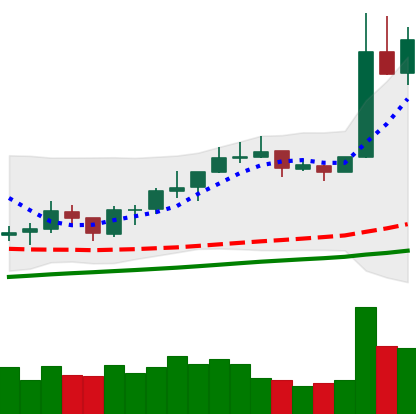
Ticker: NEO-USD
Chart end date: 2019-06-24
Forward return: 3.41%
Label: up_3_5